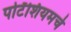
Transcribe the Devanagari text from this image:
पोटॅशियमचे